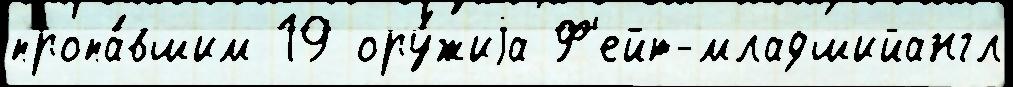
пропа́вшим 19 ору́жиjа Ф'ейт-младшийангл